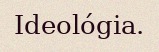
Ideológia.